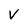
Character: v